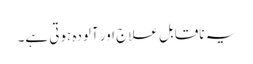
یہ ناقابل علاج اور آلودہ ہوتی ہے۔